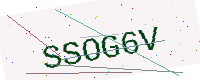
Text: SSOG6V